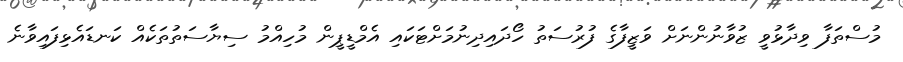
މުސްތަފާ ވިދާޅުވީ ޒުވާނުންނަށް ވަޒީފާގެ ފުރުސަތު ހޯދައިދިނުމަށްޓަކައި އެމްޑީޕީން މުހިއްމު ސިޔާސަތުތަކެއް ކަނޑައެޅިފައިވާނެ